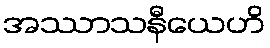
အဿာသနီယေဟိ